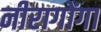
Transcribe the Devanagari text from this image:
नीरागोंगा